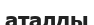
аталды